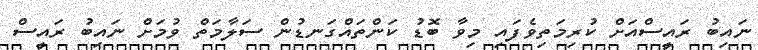
ނައިބު ރައީސްއަށް ކުރިމަތިވެފައި މިވާ ބޮޑު ކަންތައްގަނޑުން ސަލާމަތް ވުމަށް ނައިބު ރައީސް